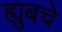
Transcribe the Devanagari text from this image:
ह्युबचे